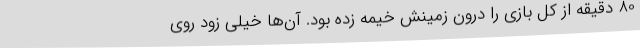
80 دقیقه از کل بازی را درون زمینش خیمه زده بود. آن‌ها خیلی زود روی